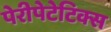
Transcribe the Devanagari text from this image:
पेरीपेटेटिक्स